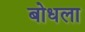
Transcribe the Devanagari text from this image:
बोधला